Black-water fever - Number 35
Disease focus: Fever
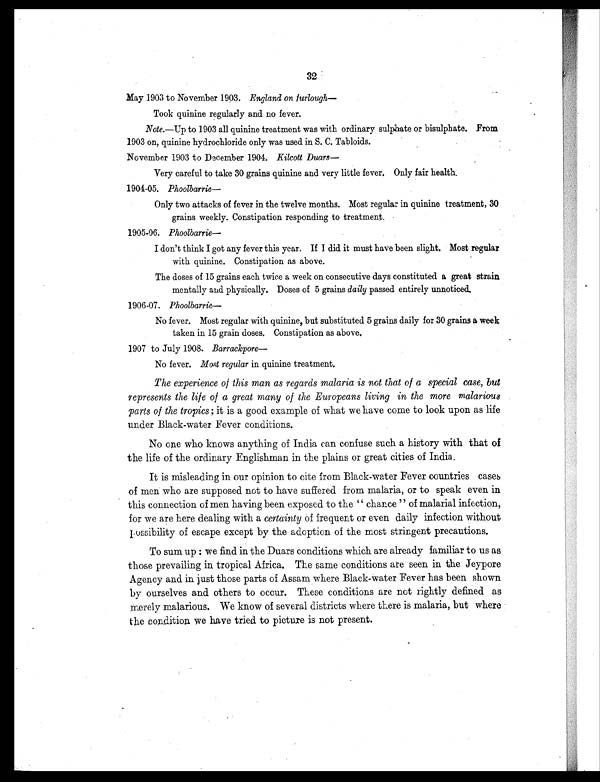
32
May 1903 to November 1903. .England on furlough
Took quinine regularly and no fever.
Note.—Up to 1903 all quinine treatment was with ordinary sulphate or bisulphate. From
1903 on, quinine hydrochloride only was used in S. C. Tabloids.
November 1903 to December 1904. Kilcott Duars
—
Very careful to take 30 grains quinine and very little fever. Only fair health.
1904-05. Phoolbarrie
—
Only two attacks of fever in the twelve months. Most regular in quinine treatment, 30
grains weekly. Constipation responding to treatment.
1905-06. Phoolbarrie
—
I don't think I got any fever this year. If I did it must have been slight. Most regular
with quinine. Constipation as above.
The doses of 15 grains each twice a week on consecutive days constituted a great strain
mentally and physically. Doses of 5 grains daily passed entirely unnoticed.
1906-07. Phoolbarrie
—
No fever. Most regular with quinine, but substituted 5 grains daily for 30 grains a week
taken in 15 grain doses. Constipation as above.
1907 to July 1908. Barrackpore
—
No fever. Most regular in quinine treatment.
The experience of this man as regards malaria is not that of a special case, but
represents the life of a great many of the Europeans living in the more malarious
parts of the tropics; it is a good example of what we have come to look upon as life
under Black-water Fever conditions.
No one who knows anything of India can confuse such a history with that of
the life of the ordinary Englishman in the plains or great cities of India.
It is misleading in our opinion to cite from Black-water Fever countries cases
of men who are supposed not to have suffered from malaria, or to speak even in
this connection of men having been exposed to the "chance" of malarial infection,
for we are here dealing with a certainty of frequent or even daily infection without
Possibility of escape except by the adoption of the most stringent precautions.
To sum up: we find in the Duars conditions which are already familiar to us as
those prevailing in tropical Africa. The same conditions ate seen in the Jeypore
Agency and in just those parts of Assam where Black-water Fever has been shown
by ourselves and others to occur. These conditions are not rightly defined as
merely malarious. We know of several districts where there is malaria, but where
the condition we have tried to picture is not present.